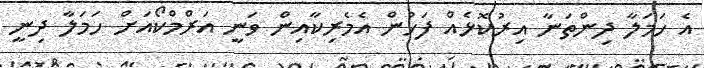
އެ ހަމަލާ ދިންތަނާ އިރުކޮޅެއް ފަހުން އެމެރިކާއިން ވަނީ އަރްމްކޯއަށް ހަމަލާ ދިނީ